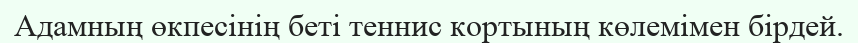
Адамның өкпесінің беті теннис кортының көлемімен бірдей.